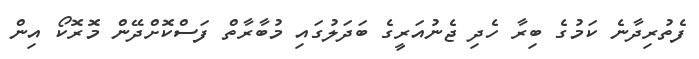
ފެތުރިދާނެ ކަމުގެ ބިރާ ހެދި ޖެނުއަރީގެ ބަދަލުގައި މުބާރާތް ފަސްކޮށްދޭން މޮރޮކޯ އިން